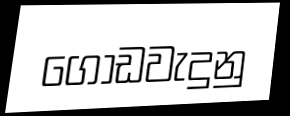
ගොඩවැදුනු